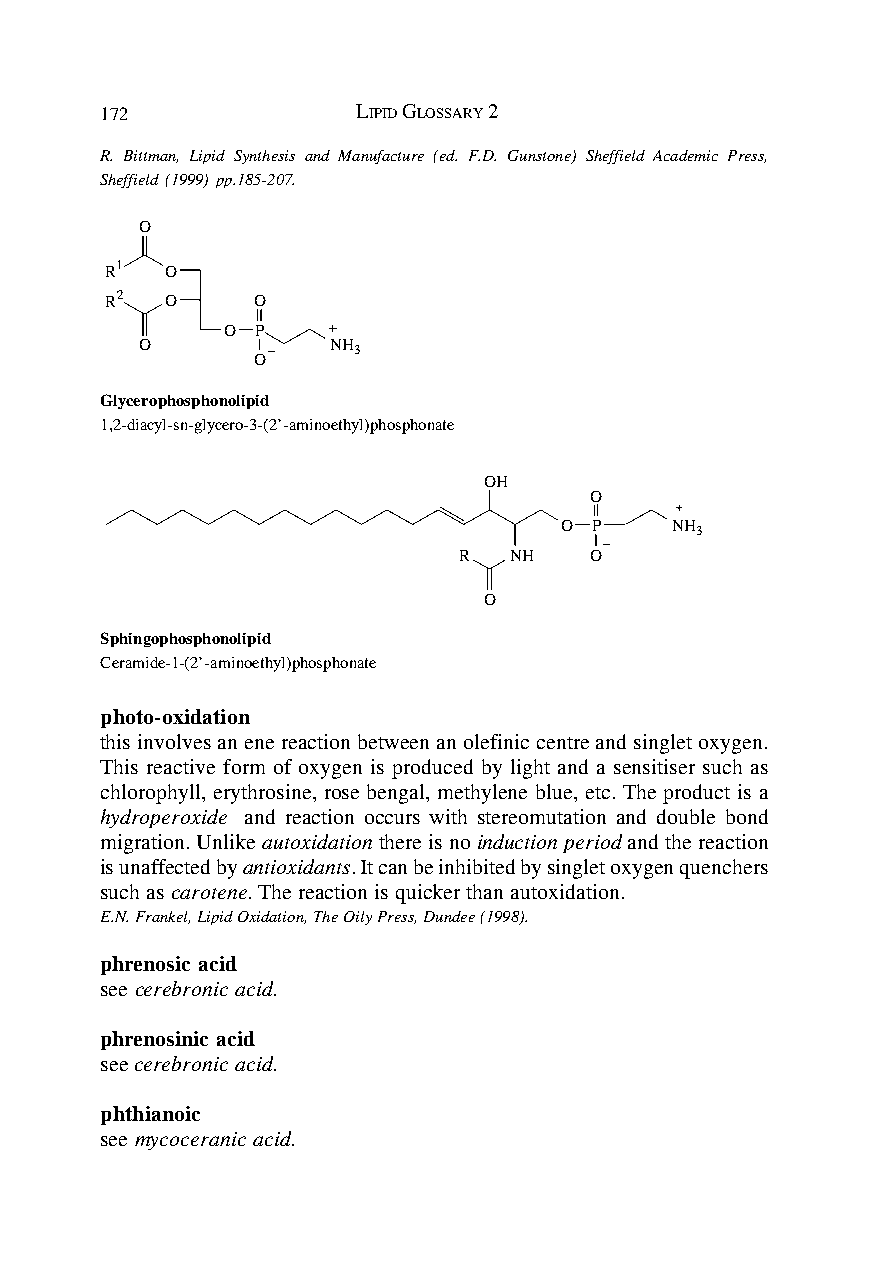
172              LIPID GLOSSARY 2
 R. Bittman, Lipid Synthesis and Manufacture (ed. F.D. Gunstone) Sheffield Academic Press,
 Sheffield (1999) pp.185-207.
 O
 R1  O
 R2  O     O
 O P
 O            NH
 3
 O
 Glycerophosphonolipid
 1,2-diacyl-sn-glycero-3-(2’-aminoethyl)phosphonate
 OH
 O
 O P    NH
 3
 R   NH   O
 O
 Sphingophosphonolipid
 Ceramide-1-(2’-aminoethyl)phosphonate
 photo-oxidation
 this involves an ene reaction between an olefinic centre and singlet oxygen.
 This reactive form of oxygen is produced by light and a sensitiser such as
 chlorophyll, erythrosine, rose bengal, methylene blue, etc. The product is a
 hydroperoxide and reaction occurs with stereomutation and double bond
 migration. Unlike autoxidation there is no induction period and the reaction
 is unaffected by antioxidants. It can be inhibited by singlet oxygen quenchers
 such as carotene. The reaction is quicker than autoxidation.
 E.N. Frankel, Lipid Oxidation, The Oily Press, Dundee (1998).
 phrenosic acid
 see cerebronic acid.
 phrenosinic acid
 see cerebronic acid.
 phthianoic
 see mycoceranic acid.